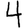
Digit: 4